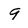
Character: 9